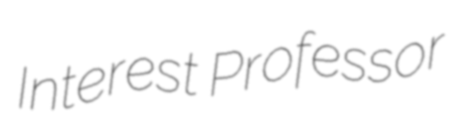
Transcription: Interest Professor